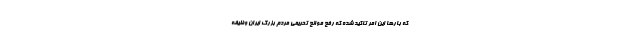
که بارها این امر تاکید شده که رفع موانع تحریمی مردم بزرگ ایران وظیفه